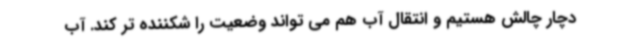
دچار چالش هستیم و انتقال آب هم می تواند وضعیت را شکننده تر کند. آب